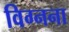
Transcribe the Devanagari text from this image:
विग्नना